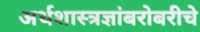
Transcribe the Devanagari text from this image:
अर्थशास्त्रज्ञांबरोबरीचे